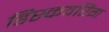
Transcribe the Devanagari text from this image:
डिस्कवरिंग